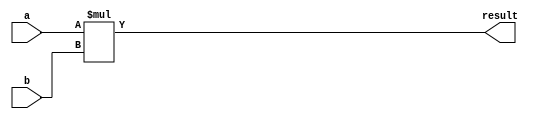
module signed_multiplier(
    input signed [7:0] a,
    input signed [7:0] b,
    output reg signed [15:0] result
);

always @* begin
    result = a * b;
end

endmodule